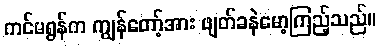
ကင်မရွန်က ကျွန်တော့်အား ဖျတ်ခနဲမော့ကြည့်သည်။